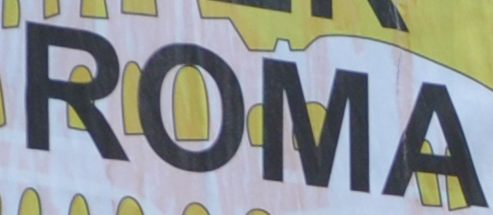
ROMA